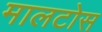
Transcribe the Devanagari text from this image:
मालटोस